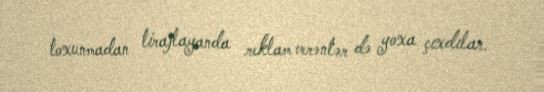
toxunmadan tirajlayanda reklam verənlər də yoxa çıxdılar.